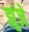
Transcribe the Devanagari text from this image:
झुंजे